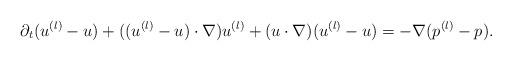
LaTeX: \begin{align*} \partial_t (u^{(l)} -u) + ( (u^{(l)} -u) \cdot \nabla ) u^{(l)} + (u\cdot \nabla) (u^{(l)} -u) =- \nabla (p^{(l)} -p).\end{align*}